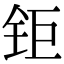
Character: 钜